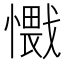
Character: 𰒕